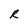
Character: R